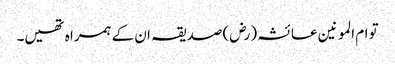
تو ام المو نین عا ئشہ (رض) صدیقہ ان کے ہمرا ہ تھیں۔